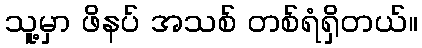
သူ့မှာ ဖိနပ် အသစ် တစ်ရံရှိတယ်။